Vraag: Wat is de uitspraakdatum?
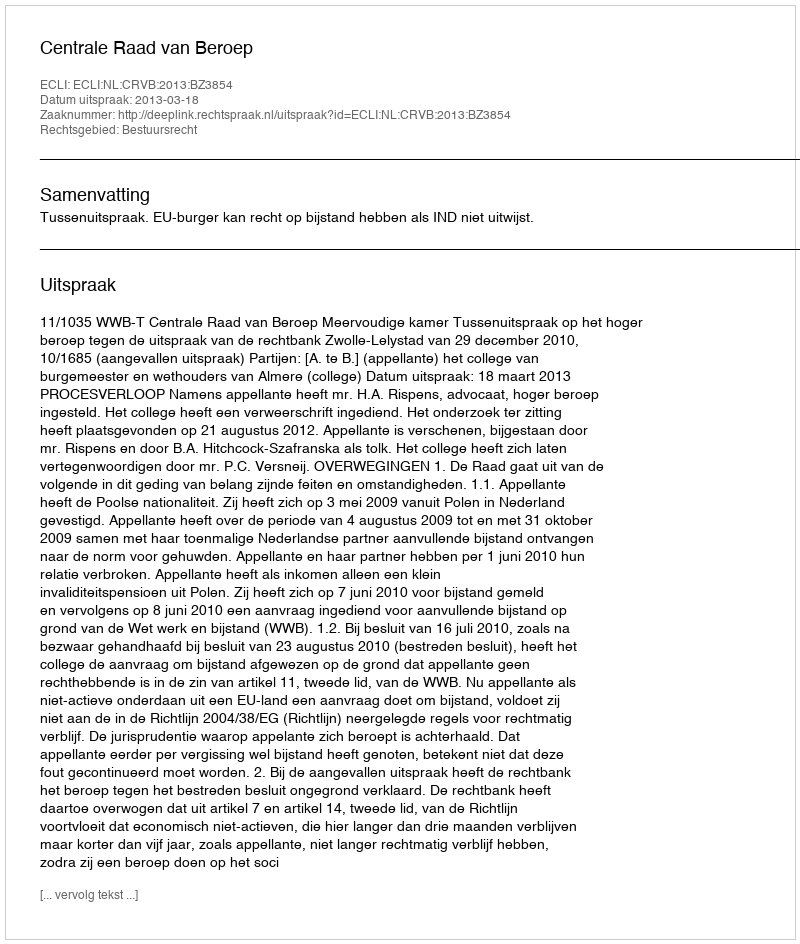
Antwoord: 2013-03-18